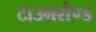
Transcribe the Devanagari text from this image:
टाउनशैण्ड